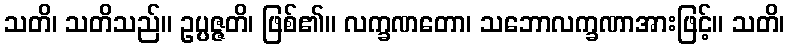
သတိ၊ သတိသည်။ ဥပ္ပဇ္ဇတိ၊ ဖြစ်၏။ လက္ခဏတော၊ သဘောလက္ခဏာအားဖြင့်။ သတိ၊